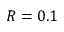
R = 0 . 1